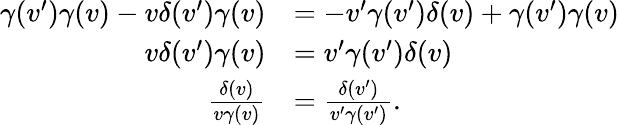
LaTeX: {\begin{array}{rl}{\gamma(v^{\prime})\gamma(v)-v\delta(v^{\prime})\gamma(v)}&{=-v^{\prime}\gamma(v^{\prime})\delta(v)+\gamma(v^{\prime})\gamma(v)}\\ {v\delta(v^{\prime})\gamma(v)}&{=v^{\prime}\gamma(v^{\prime})\delta(v)}\\ {{\frac{\delta(v)}{v\gamma(v)}}}&{={\frac{\delta(v^{\prime})}{v^{\prime}\gamma(v^{\prime})}}.}\end{array}}